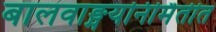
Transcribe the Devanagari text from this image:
बालवाङ्मयनिर्मितीत